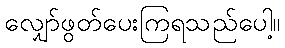
လျှော်ဖွတ်ပေးကြရသည်ပေါ့။